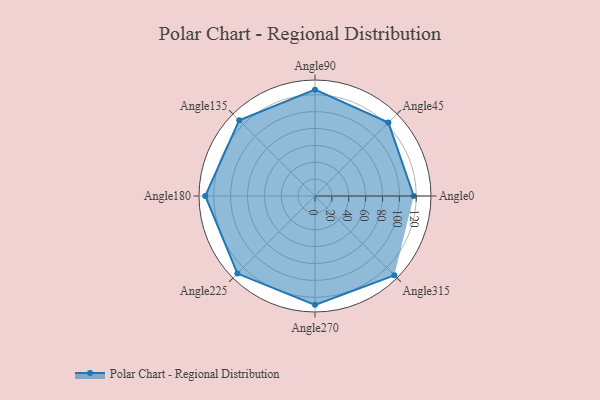
{"axis": {"x": "Angle", "y": "Radius"}, "legend": [""], "data": [{"x": "Angle0", "y": 117.0, "type": ""}, {"x": "Angle45", "y": 123.0, "type": ""}, {"x": "Angle90", "y": 126.0, "type": ""}, {"x": "Angle135", "y": 127.0, "type": ""}, {"x": "Angle180", "y": 130.0, "type": ""}, {"x": "Angle225", "y": 130.0, "type": ""}, {"x": "Angle270", "y": 129.0, "type": ""}, {"x": "Angle315", "y": 133.0, "type": ""}]}